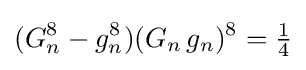
(G_{n}^{8}-g_{n}^{8})(G_{n}\,g_{n})^{8}={\tfrac {1}{4}}